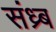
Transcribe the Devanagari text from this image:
संध्र्ब